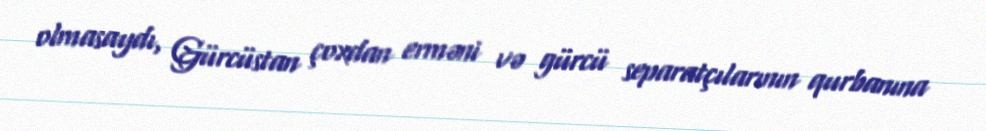
olmasaydı, Gürcüstan çoxdan erməni və gürcü separatçılarının qurbanına